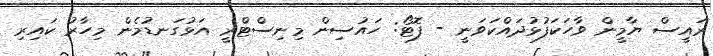
ރައީސް ޔާމީން ވާހަކަފުޅުދައްކަވަނީ - ފޮޓޯ: ހައުސިން މިނިސްޓްރީ އަޅުގަނޑުމެން މިހާރު ކައިރި